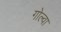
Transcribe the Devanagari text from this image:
गोल्वा